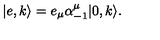
| e , k \rangle = e _ { \mu } \alpha _ { - 1 } ^ { \mu } | 0 , k \rangle .